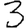
Digit: 3